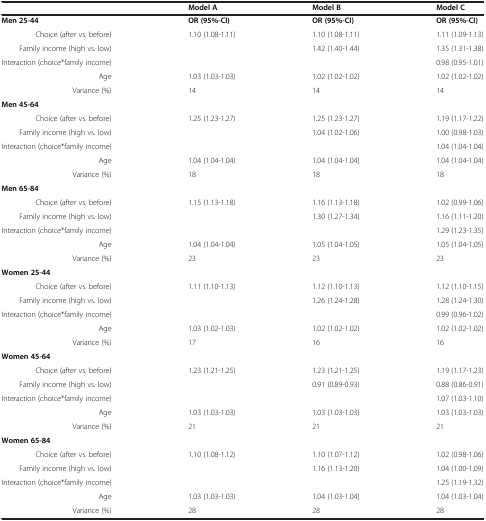
<table><thead><tr><td><b> </b></td><td><b>Model A</b></td><td><b>Model B</b></td><td><b>Model C</b></td></tr></thead><tbody><tr><td><b>Men 25-44</b></td><td><b>OR (95%-CI)</b></td><td><b>OR (95%-CI)</b></td><td><b>OR (95%-CI)</b></td></tr><tr><td>Choice (after vs. before)</td><td>1.10 (1.08-1.11)</td><td>1.10 (1.08-1.11)</td><td>1.11 (1.09-1.13)</td></tr><tr><td>Family income (high vs. low)</td><td> </td><td>1.42 (1.40-1.44)</td><td>1.35 (1.31-1.38)</td></tr><tr><td>Interaction (choice*family income)</td><td> </td><td> </td><td>0.98 (0.95-1.01)</td></tr><tr><td>Age</td><td>1.03 (1.03-1.03)</td><td>1.02 (1.02-1.02)</td><td>1.02 (1.02-1.02)</td></tr><tr><td>Variance (%)</td><td>14</td><td>14</td><td>14</td></tr><tr><td><b>Men 45-64</b></td><td> </td><td> </td><td> </td></tr><tr><td>Choice (after vs. before)</td><td>1.25 (1.23-1.27)</td><td>1.25 (1.23-1.27)</td><td>1.19 (1.17-1.22)</td></tr><tr><td>Family income (high vs. low)</td><td> </td><td>1.04 (1.02-1.06)</td><td>1.00 (0.98-1.03)</td></tr><tr><td>Interaction (choice*family income)</td><td> </td><td> </td><td>1.04 (1.04-1.04)</td></tr><tr><td>Age</td><td>1.04 (1.04-1.04)</td><td>1.04 (1.04-1.04)</td><td>1.04 (1.04-1.04)</td></tr><tr><td>Variance (%)</td><td>18</td><td>18</td><td>18</td></tr><tr><td><b>Men 65-84</b></td><td> </td><td> </td><td> </td></tr><tr><td>Choice (after vs. before)</td><td>1.15 (1.13-1.18)</td><td>1.16 (1.13-1.18)</td><td>1.02 (0.99-1.06)</td></tr><tr><td>Family income (high vs. low)</td><td> </td><td>1.30 (1.27-1.34)</td><td>1.16 (1.11-1.20)</td></tr><tr><td>Interaction (choice*family income)</td><td> </td><td> </td><td>1.29 (1.23-1.35)</td></tr><tr><td>Age</td><td>1.04 (1.04-1.04)</td><td>1.05 (1.04-1.05)</td><td>1.05 (1.04-1.05)</td></tr><tr><td>Variance (%)</td><td>23</td><td>23</td><td>23</td></tr><tr><td><b>Women 25-44</b></td><td> </td><td> </td><td> </td></tr><tr><td>Choice (after vs. before)</td><td>1.11 (1.10-1.13)</td><td>1.12 (1.10-1.13)</td><td>1.12 (1.10-1.15)</td></tr><tr><td>Family income (high vs. low)</td><td> </td><td>1.26 (1.24-1.28)</td><td>1.28 (1.24-1.30)</td></tr><tr><td>Interaction (choice*family income)</td><td> </td><td> </td><td>0.99 (0.96-1.02)</td></tr><tr><td>Age</td><td>1.03 (1.02-1.03)</td><td>1.02 (1.02-1.02)</td><td>1.02 (1.02-1.02)</td></tr><tr><td>Variance (%)</td><td>17</td><td>16</td><td>16</td></tr><tr><td><b>Women 45-64</b></td><td> </td><td> </td><td> </td></tr><tr><td>Choice (after vs. before)</td><td>1.23 (1.21-1.25)</td><td>1.23 (1.21-1.25)</td><td>1.19 (1.17-1.23)</td></tr><tr><td>Family income (high vs. low)</td><td> </td><td>0.91 (0.89-0.93)</td><td>0.88 (0.86-0.91)</td></tr><tr><td>Interaction (choice*family income)</td><td> </td><td> </td><td>1.07 (1.03-1.10)</td></tr><tr><td>Age</td><td>1.03 (1.03-1.03)</td><td>1.03 (1.03-1.03)</td><td>1.03 (1.03-1.03)</td></tr><tr><td>Variance (%)</td><td>21</td><td>21</td><td>21</td></tr><tr><td><b>Women 65-84</b></td><td> </td><td> </td><td> </td></tr><tr><td>Choice (after vs. before)</td><td>1.10 (1.08-1.12)</td><td>1.10 (1.07-1.12)</td><td>1.02 (0.98-1.06)</td></tr><tr><td>Family income (high vs. low)</td><td> </td><td>1.16 (1.13-1.20)</td><td>1.04 (1.00-1.09)</td></tr><tr><td>Interaction (choice*family income)</td><td> </td><td> </td><td>1.25 (1.19-1.32)</td></tr><tr><td>Age</td><td>1.03 (1.03-1.03)</td><td>1.04 (1.03-1.04)</td><td>1.04 (1.03-1.04)</td></tr><tr><td>Variance (%)</td><td>28</td><td>28</td><td>28</td></tr></tbody></table>